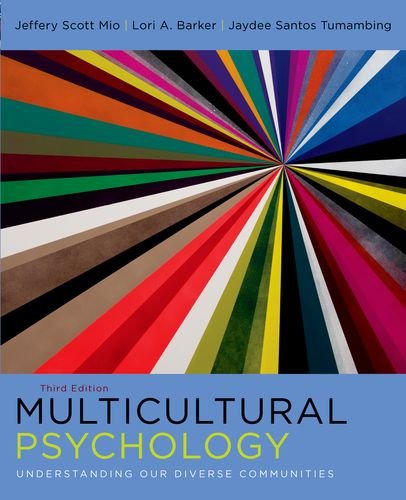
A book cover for Multicultural Psychology: Understanding Our Diverse Communities; Jeffery Mio; Medical Books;